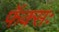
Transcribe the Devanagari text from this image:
फॅक्सः